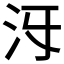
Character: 𣲐